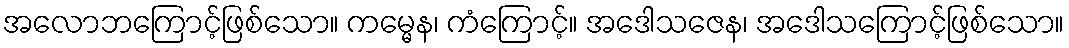
အလောဘကြောင့်ဖြစ်သော။ ကမ္မေန၊ ကံကြောင့်။ အဒေါသဇေန၊ အဒေါသကြောင့်ဖြစ်သော။